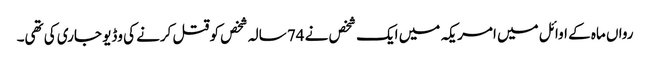
رواں ماہ کے اوائل میں امریکہ میں ایک شخص نے 74 سالہ شخص کو قتل کرنے کی وڈیو جاری کی تھی۔